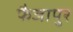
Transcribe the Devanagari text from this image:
फैजापुर